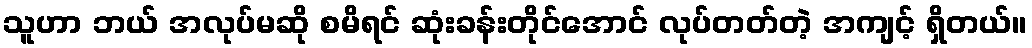
သူဟာ ဘယ် အလုပ်မဆို စမိရင် ဆုံးခန်းတိုင်အောင် လုပ်တတ်တဲ့ အကျင့် ရှိတယ်။